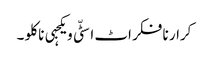
کرار نا فکر اٹ اسٹّی ویکجہی نا کلو ۔